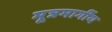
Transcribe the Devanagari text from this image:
मूत्रमार्गीय